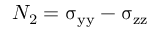
N _ { 2 } = \upsigma _ { \mathrm { y y } } - \upsigma _ { \mathrm { z z } }